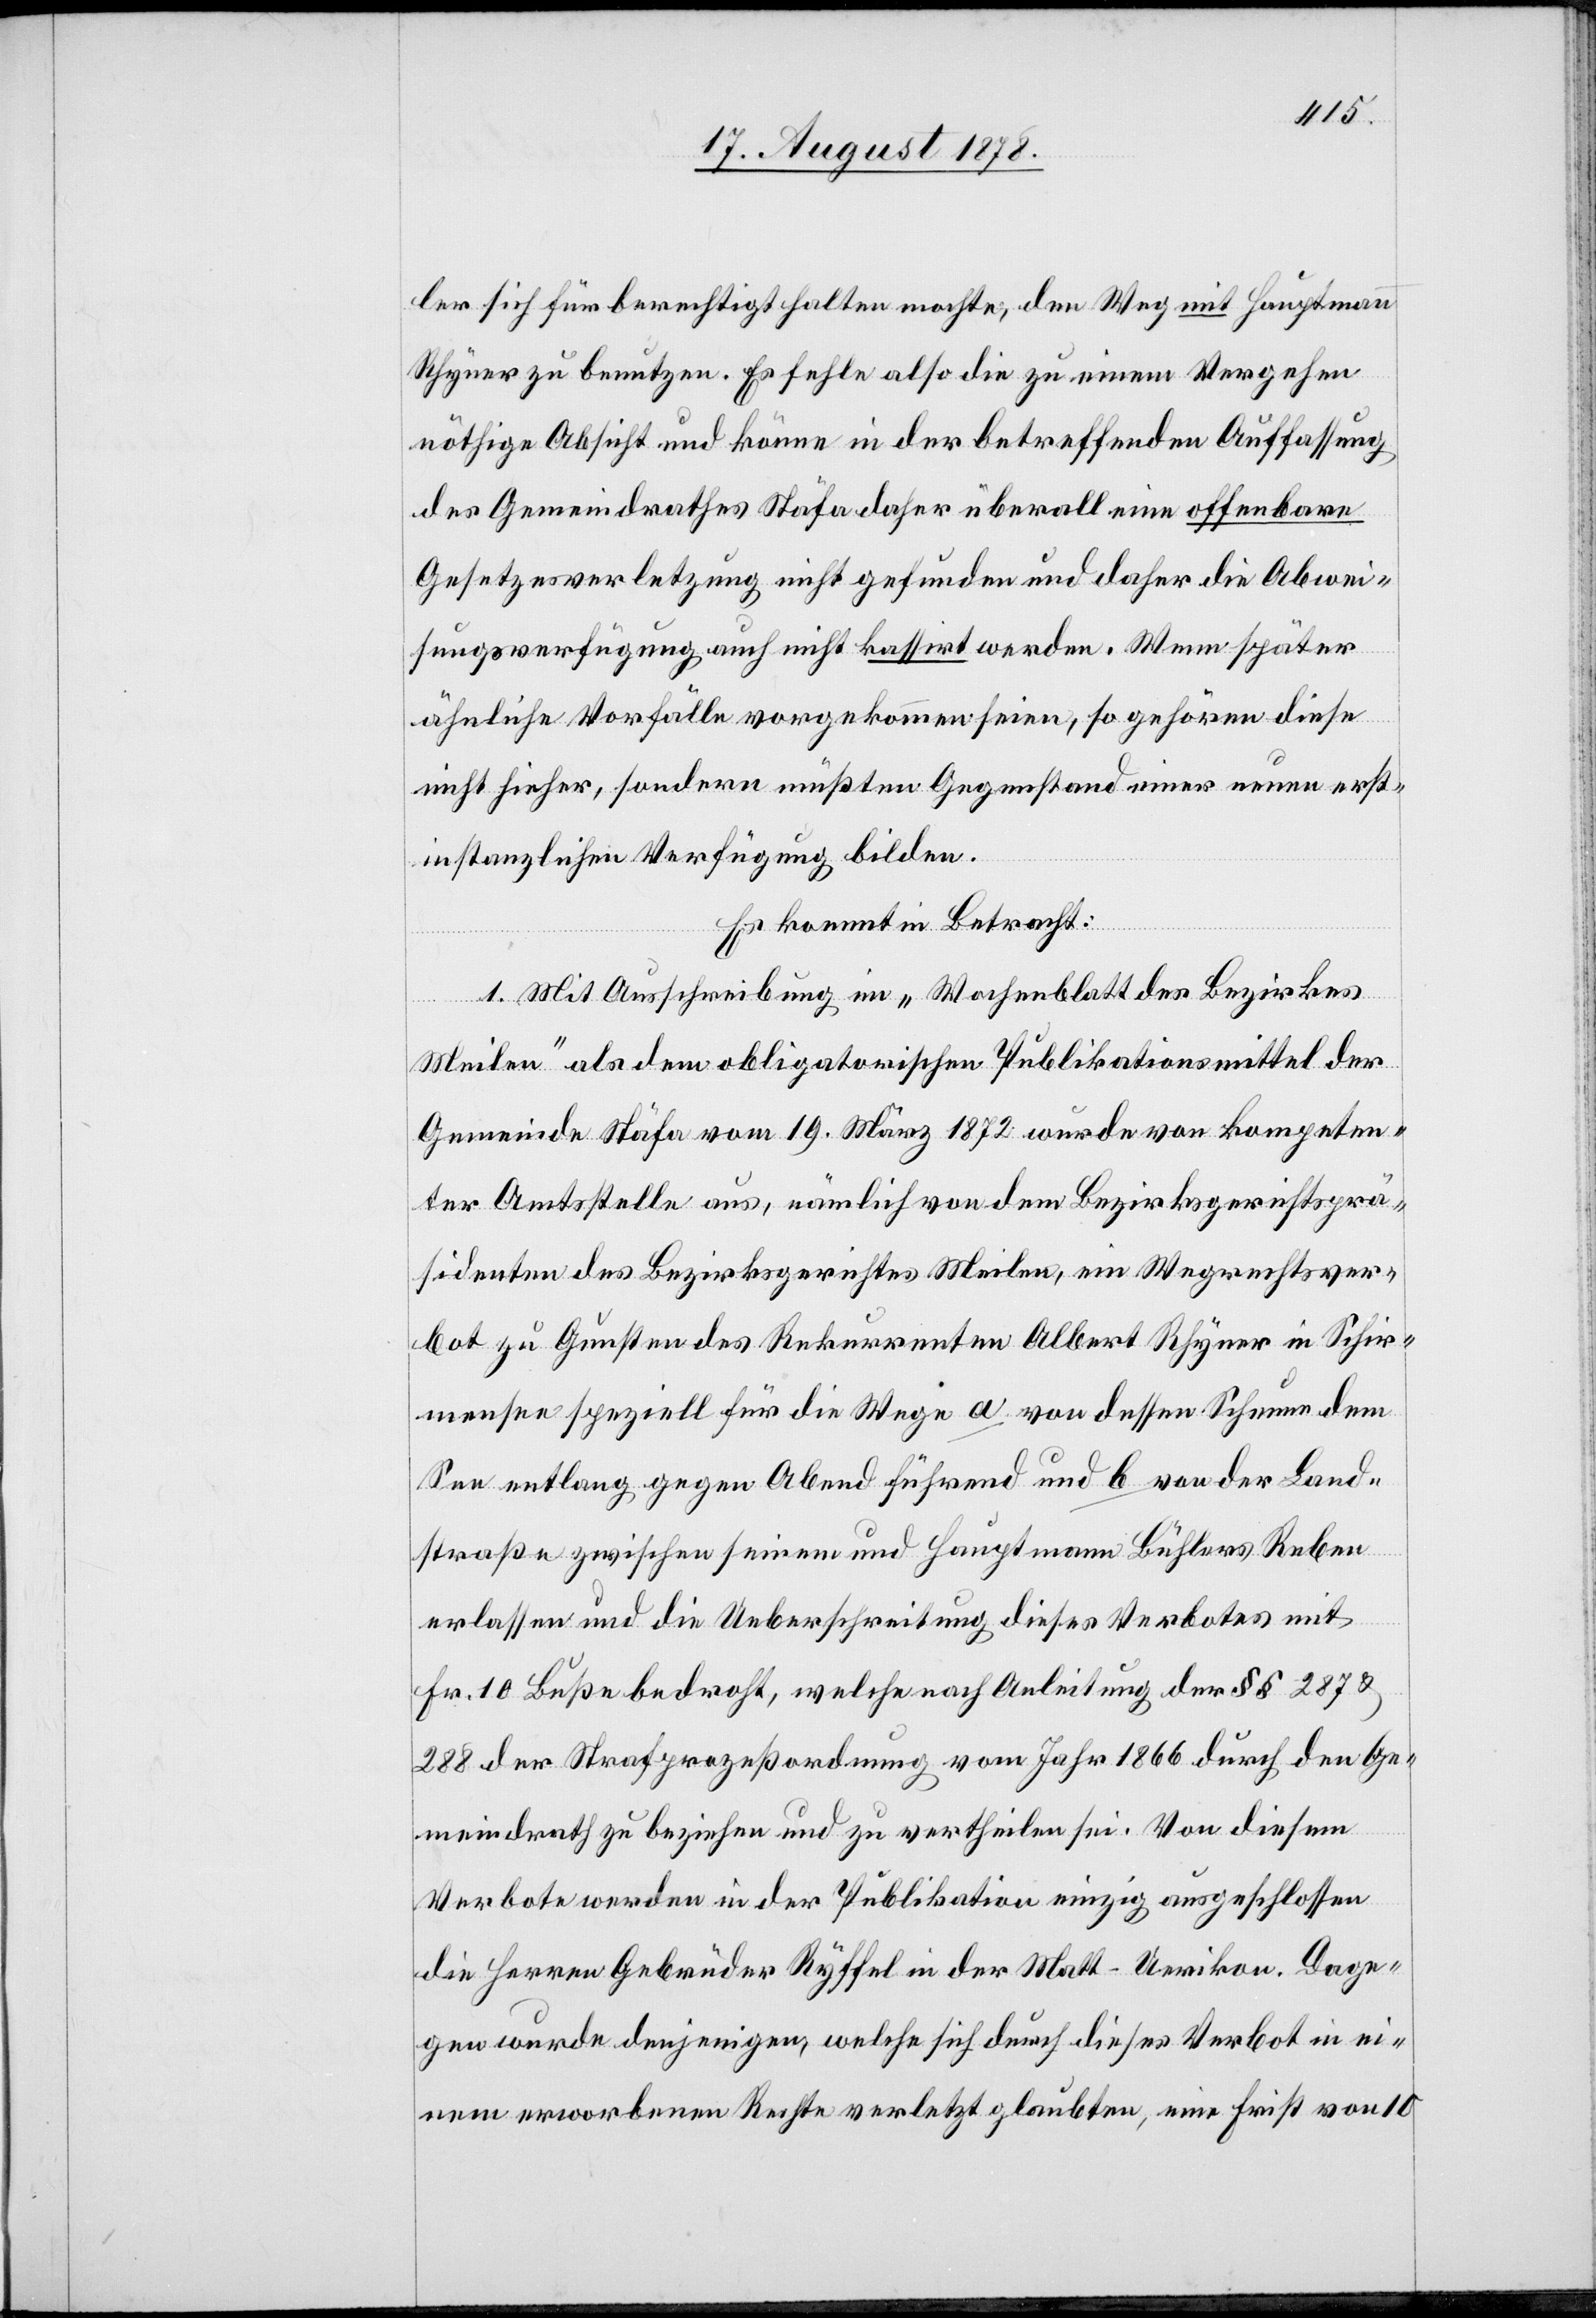
ler sich für berechtigt halten machte, den Weg mit Hauptmann
Rhyner zu benutzen. Es fehle also die zu einem Vergehen
nöthige Absicht und könne in der betreffenden Auffassung
des Gemeindrathes Stäfa daher überall eine offenbare
Gesetzesverletzung nicht gefunden und daher die Abwei¬
sungsverfügung auch nicht kassirt werden. Wenn später
ähnliche Vorfälle vorgekommen seien, so gehören diese
nicht hieher, sondern müßten Gegenstand einer neuen erst¬
instanzlichen Verfügung bilden.
Es kommt in Betracht:
1. Mit Ausschreibung im „Wochenblatt des Bezirkes
Meilen“ als dem obligatorischen Publikationsmittel der
Gemeinde Stäfa vom 19. März 1872 wurde von kompeten¬
ter Amtsstelle aus, nämlich von dem Bezirksgerichtsprä¬
sidenten des Bezirksgerichtes Meilen, ein Wegrechtsver¬
bot zu Gunsten des Rekurrenten Albert Rhyner in Schir¬
mensee speziell für die Wege a von dessen Scheune dem
See entlang gegen Abend führend und b von der Land¬
straße zwischen seinem und Hauptmann Bühlers Reben
erlassen und die Ueberschreitung dieses Verbotes mit
Fr. 10 Buße bedroht, welche nach Anleitung der §§ 287 &
288 der Strafprozessordnung vom Jahr 1866 durch den Ge¬
meindrath zu beziehen und zu vertheilen sei. Von diesem
Verbote werden in der Publikation einzig ausgeschlossen
die Herren Gebrüder Ryffel in der Matt - Uerikon. Dage¬
gen wurde denjenigen, welche sich durch dieses Verbot in ei¬
nem erworbenen Rechte verletzt glaubten, eine Frist von 10